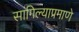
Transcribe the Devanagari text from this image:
सांगिल्याप्रमाणे